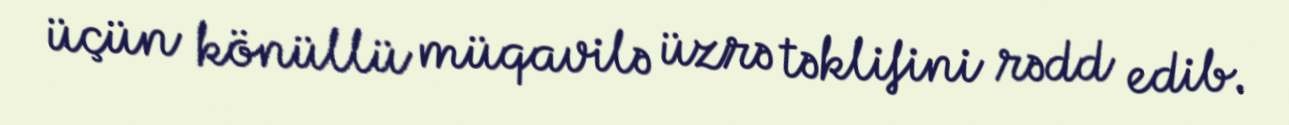
üçün könüllü müqavilə üzrə təklifini rədd edib.